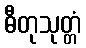
ဓီတုသုတ္တံ